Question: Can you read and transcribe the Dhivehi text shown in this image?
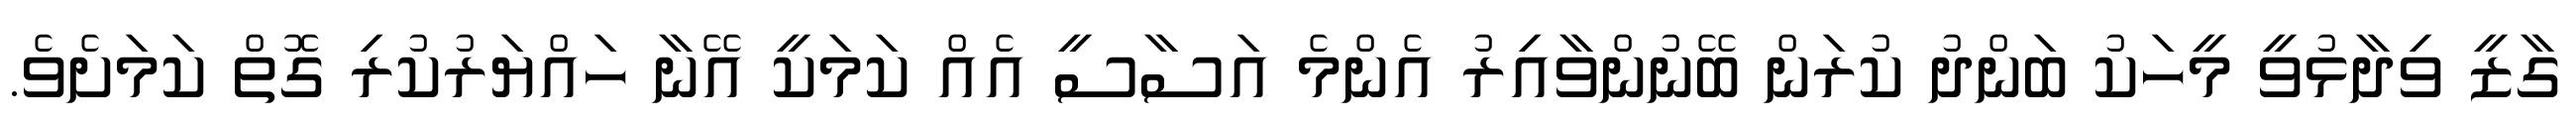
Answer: ގާޒީ ވިދާޅުވީ މީހަކު ބަންދު ކުރަން ބޭނުންވާއިރު އެންމެ އަސާސީ އެއް ކަމަކީ އޭނާ ހައްޔަރުކުރި ގޮތް ކަމަށެވެ.